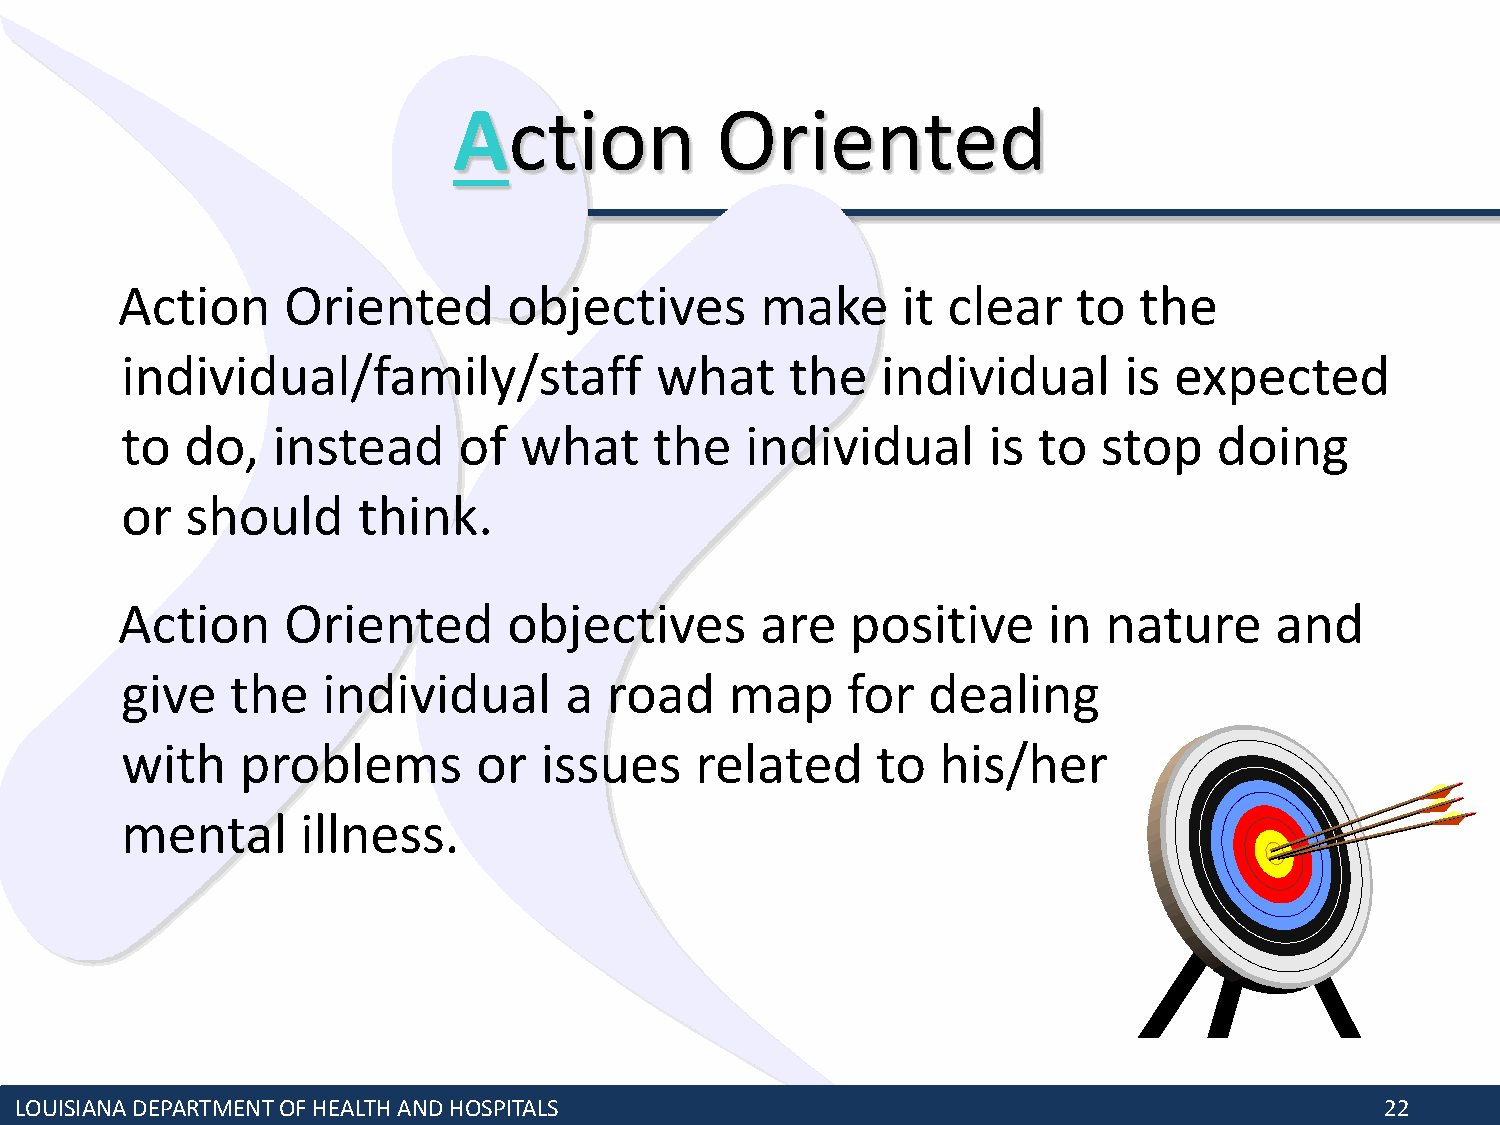
Action           Oriented
 Action     Oriented       objectives      make      it clear   to  the
 individual/family/staff            what     the   individual      is  expected
 to  do,   instead     of  what     the   individual      is  to  stop    doing
 or  should      think.
 Action     Oriented       objectives      are   positive     in  nature     and
 give   the   individual      a  road    map     for  dealing
 with    problems        or  issues    related     to  his/her
 mental      illness.
 LOUISIANA DEPARTMENT OF HEALTH AND HOSPITALS                                               22